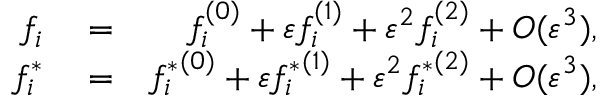
\begin{array} { r l r } { f _ { i } } & { { } = } & { f _ { i } ^ { ( 0 ) } + \varepsilon f _ { i } ^ { ( 1 ) } + \varepsilon ^ { 2 } f _ { i } ^ { ( 2 ) } + O ( \varepsilon ^ { 3 } ) , } \\ { { f _ { i } ^ { * } } } & { { } = } & { { f _ { i } ^ { * } } ^ { ( 0 ) } + \varepsilon { f _ { i } ^ { * } } ^ { ( 1 ) } + \varepsilon ^ { 2 } { f _ { i } ^ { * } } ^ { ( 2 ) } + O ( \varepsilon ^ { 3 } ) , } \end{array}